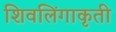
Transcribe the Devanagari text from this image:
शिवलिंगाकृती